Vaccine operations Central Provinces 1868-1885 - 1868-1885
Year: 1868
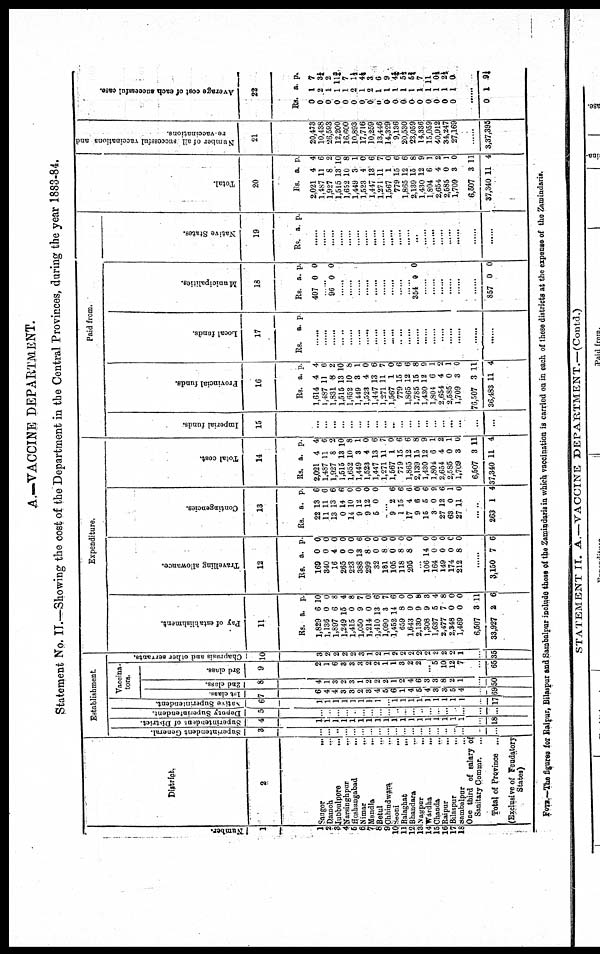
A.—VACCINE DEPARTMENT.
Statement No. II.—Showing the cost of the Department in the Central Provinces, during the year 1883-84.
Number.
1
1
2
3
4
6
6
7 8
9
10
11
12
13
14
15
16
17
18
District.
2
Saugor...
Damoh... ...
Jubbulpore...
...
Narsinghpur...
Hoshangabad...
Nimar...
Mandla...
Betul...
Chhindwara...
Seoni...
Balaghat...
Bhandara...
Nagpur...
Wardha...
Chanda... ...
Raipur...
Bilaspur...
Sambalpur...
One third of salary of
Sanitary Commr... ...
Totat of Province ...
(Exclusive of Feudatory
States)...
Establishment.
Vaccina-
tors.
Superintendent General.
3
...
...
...
...
...
...
...
...
...
...
...
...
...
...
...
...
...
...
...
...
Superintendent of District.
4
1
1
1
1
1
1
1
1
1
1
1
1
1
1
1
1
1
1
...
18
Deputy Superintendent.
5
...
...
...
...
...
...
...
...
...
...
...
...
...
...
...
...
...
...
...
...
Native Superintendent.
6
1
1
1
1
1
1
1
1
...
1
1
1
1
1
1
1
1
1
...
17
lst class.
7
6
4
4
3
3 2
3
4
5
6
1
4
5
4
3
3
5
4
...
69
2nd class.
8
4
1
3
2
3
1
2
2
2
1
2
4
6
3
3
8
2
1
...
50
3rd class.
9
2
1
6
3
3
3
2
2
1
1
3
2
2
...
5
10
12
7
...
65
Chaprasis and other servants.
10
3
2
2
2
2
3
1
2
1
2
2
2
2
2
2
2
2
1
...
35
Expenditure.
Pay of establishment.
11
Rs.
1,829
1,136
1,897
1,249
1,415
1,050
1,214
1,410
1,090
1,452
659
1,643
2,130
1,308
1,637
2,477
2,348
1,469
6,507
33,927
a.
6
0
6
15
0
9
0
13
3
14
8
0
9
9
5
7
0
0
3
2
p.
10
0
8
4
8
7
0
6
7
6
0
0
8
3
4
8
0
0
11
6
Travelling allowance.
12
Rs.
169
340
16
265
223
388
299
32
181
105
118
205
a.
0
0
4
0
0
13
8
0
8
0
8
8
p.
0
0
0
0
0
6
0
0
0
0
0
0
...
106
164
149
174
212
14
0
0
0
8
0
0
0
0 0
...
3,150 7 6
Contingencies.
13
Rs.
22
11
13
0
14
9
9
5
a.
13
11
13
14
10
12
12
0
p.
6
6
6
6
0
0
0
0
...
9
1
17
9
16
3
27
63
27
2
15
4
6
5
0
12
0
11
6
6
6
0
6
9
6
1
0
263 1 4
Total cost.
14
Rs.
2,021
1,487
1,927
1,515
1,652
1,449
1,523
1,447
1,271
1,567
779
1,865
2,139
1,430
1,804
2,654
2,585
1,709
6,507
37,340
a.
4
11
8
13
10
3
4
13
11
1
15
12
15
12
6
4
0
3
3
11
p.
4
6
2
10
8
1
0
6
7
0
6
6
8
9
1
2
1
0
11
4
Paid from.
Imperial funds.
15
...
...
...
...
...
...
...
...
...
...
...
...
...
...
...
...
...
...
...
...
Provincial funds.
16
Rs.
1,614
1,487
1,831
1,515
1,652
1,449
1,523
1,447
1,271
1,567
779
1,865
1,785
1,430
1,804
2,654
2,585
1,709
76,507
36,483
a.
4
11
8
13
10
3
4
13
11
1
15
12
15
12
6
4
0
3
3
11
p.
4
6
2
10
8
1
0
6
7
0
6
6
8
9
1
2
1
0
11
4
Local funds.
17
Rs. a. p.
...
...
...
...
...
...
...
...
...
...
...
...
...
...
...
...
...
...
Municipalities.
18
Rs.
407
a.
0
p.
0
...
96 0 0
...
...
...
...
...
...
...
...
...
354 0 0
...
...
...
...
...
...
857 0 0
Native States.
19
Rs. a. p.
...
...
...
...
...
...
...
...
...
...
...
...
...
...
...
...
...
...
...
...
Total.
20
Rs.
2,021
1,487
1,927
1,515
1,652
1,449
1,523
1,447
1,271
1,567
779
1,865
2,139
1,430
1,804
2,654
2,585
1,709
6,507
37,340
a.
4
11
8
13
10
3
4
13
11
1
15
12
15
12
6
4
0
3
3
11
p.
4
6
2
10
8
1
0
6
7
0
6
6
8
9
1
2
1
0
11
4
Number of all successful vaccinations and
re-vaccinations.
21
20,473
10,438
26,593
12,200
16,600
10,893
17,716
10,259
13,446
14,329
9,136
20,530
23,059
14,336
15,059
40,912
34,247
27,169
...
3,37,395
Average cost of each successful case.
23
Rs.
0
0
0
0
0
0
0
0
0
0
0
0
0
0
0
0
0
0
a.
1
2
1
1
1
2
1
2
1
1
1
1
1
1
1
1
1
1
p.
7
3¼ 2
11¾
7
1½
4¼
3
6
9
4¼ 5½
5½
7
11
0½
2½
0
...
0 1 9¼
FOTE.—The figures for Raipur, Bilaspur and Sambalpur include those of the Zamindaris in which vaccination is carried on in each of these districts at the expense of the Zamindaris.